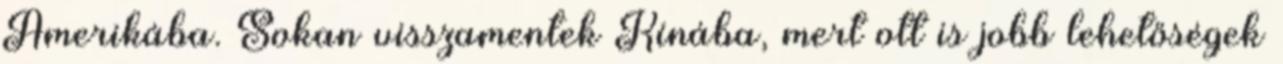
Amerikába. Sokan visszamentek Kínába, mert ott is jobb lehetőségek